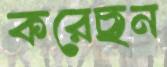
করেছন